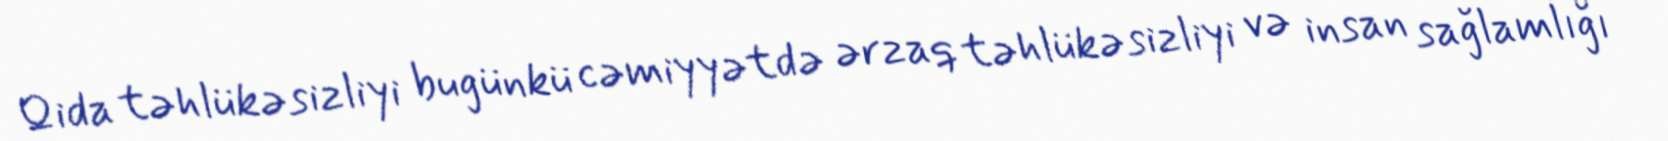
Qida təhlükəsizliyi bugünkü cəmiyyətdə ərzaq təhlükəsizliyi və insan sağlamlığı